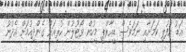
އަޑު އުފުލި ކަމަށާއި ނަމަވެސް ޑީއާރްޕީ މީހުން ވޯޓުލުން ކުރިއަށް ގެންދިއުމަށް އެދުނު